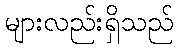
များလည်းရှိသည်